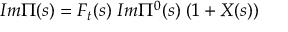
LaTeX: I m \Pi ( s ) = F _ { t } ( s ) \; I m \Pi ^ { 0 } ( s ) \; ( 1 + X ( s ) )